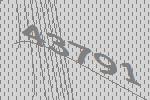
43791